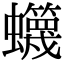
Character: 䘊